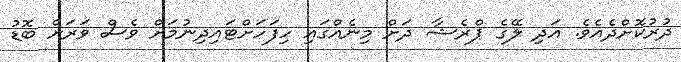
ދުރުކޮށްދެއެވެ. އަދި ލޭގެ ޕްރެޝާ ދަށް މިނެއްގައި ހިފަހަށްޓައިދިނުމަށް ވެސް ވަރަށް ބޮޑު